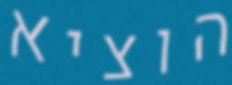
הוציא